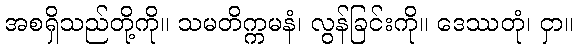
အစရှိသည်တို့ကို။ သမတိက္ကမနံ၊ လွန်ခြင်းကို။ ဒေဿတုံ၊ ငှာ။